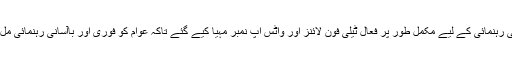
عوام کی رہنمائی کے لیے مکمل طور پر فعال ٹیلی فون لائنز اور واٹس اپ نمبر مہیا کیے گئے تاکہ عوام کو فوری اور باآسانی رہنمائی مل سکے۔